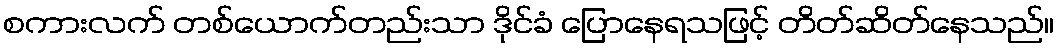
စကားလက် တစ်ယောက်တည်းသာ ဒိုင်ခံ ပြောနေရသဖြင့် တိတ်ဆိတ်နေသည်။